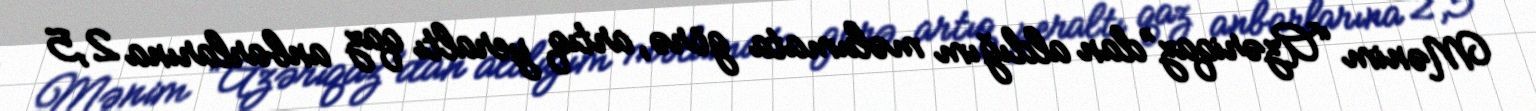
Mənim “Azəriqaz”dan aldığım məlumata görə, artıq yeraltı qaz anbarlarına 2,5